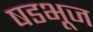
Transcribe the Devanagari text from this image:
षडभूज